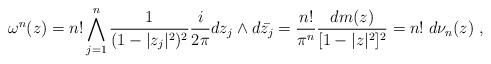
LaTeX: \begin{align*} \omega^n(z)= n!\bigwedge_{j=1}^n \frac{1}{(1-|z_j|^2)^2} \frac{i}{2\pi} dz_j\wedge d\bar{z_j}=\frac{n!}{\pi^n}\frac{dm(z)}{[1-|z|^2]^2}=n!\; d\nu_n(z)\ ,\end{align*}